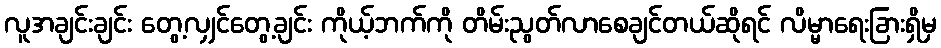
လူအချင်းချင်း တွေ့လျှင်တွေ့ချင်း ကိုယ့်ဘက်ကို တိမ်းညွတ်လာစေချင်တယ်ဆိုရင် လိမ္မာရေးခြားရှိမှ